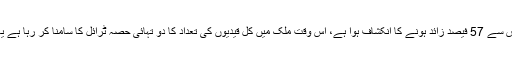
09 مئی2018ء) پاکستان کی جیلوں میں موجود قیدیوں کی تعداد اصل گنجائش سے 57 فیصد زائد ہونے کا انکشاف ہوا ہے، اس وقت ملک میں کل قیدیوں کی تعداد کا دو تہائی حصہ ٹرائل کا سامنا کر رہا ہے یا پھر ٹرائل کا انتظار کر رہا ہے جبکہ عالمی سطح پر یہ تعداد 27 فیصد ہے۔